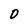
Character: 0